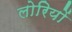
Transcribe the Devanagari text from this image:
लोरियों